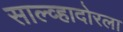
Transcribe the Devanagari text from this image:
साल्व्हादोरला